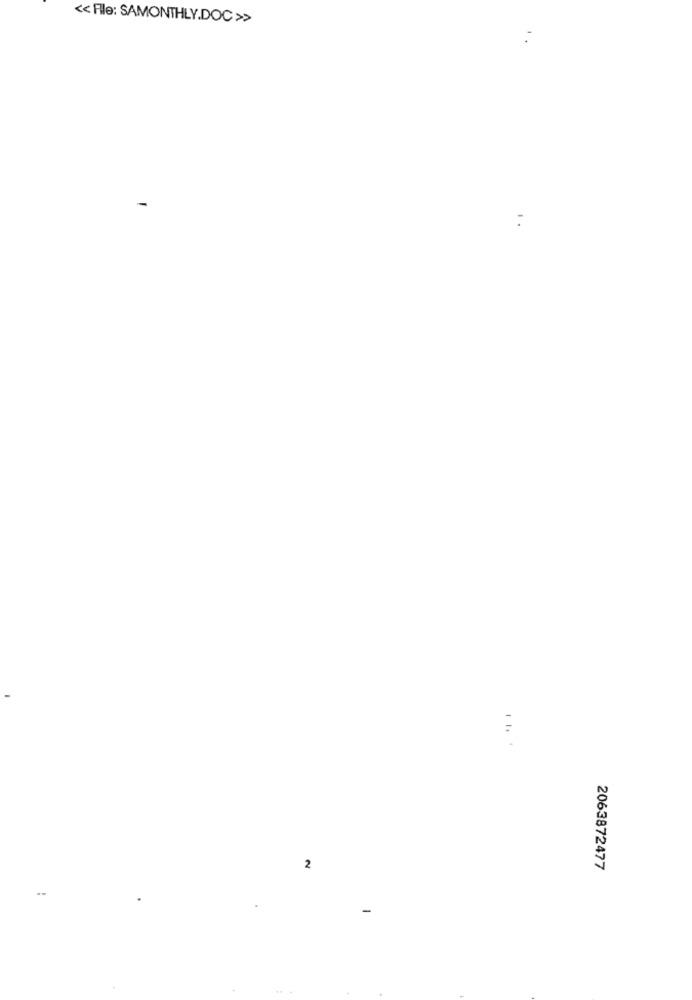
<< File: SAMONTHLY.DOC >>
2
2063872477